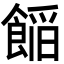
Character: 𮩁